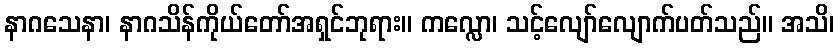
နာဂသေနာ၊ နာဂသိန်ကိုယ်တော်အရှင်ဘုရား။ ကလ္လော၊ သင့်လျော်လျောက်ပတ်သည်။ အသိ၊